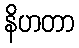
နိဟတာ